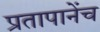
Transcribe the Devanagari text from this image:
प्रतापानेंच